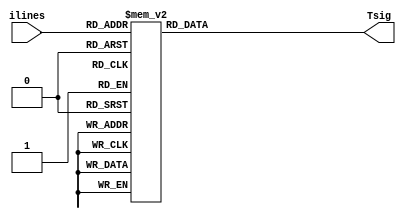
module decoder#(parameter n = 4)(
	input[n-1:0] ilines,
	output[2**n-1:0] Tsig
	);
	
	reg[2**n-1 : 0] r_sig;

	always@(*)
		case (ilines)
			4'h0: r_sig = 16'b0000000000000001;
			4'h1: r_sig = 16'b0000000000000010;
			4'h2: r_sig = 16'b0000000000000100;
			4'h3: r_sig = 16'b0000000000001000;
			4'h4: r_sig = 16'b0000000000010000;
			4'h5: r_sig = 16'b0000000000100000;
			4'h6: r_sig = 16'b0000000001000000;
			4'h7: r_sig = 16'b0000000010000000;
			4'h8: r_sig = 16'b0000000100000000;
			4'h9: r_sig = 16'b0000001000000000;
			4'ha: r_sig = 16'b0000010000000000;
			4'hb: r_sig = 16'b0000100000000000;
			4'hc: r_sig = 16'b0001000000000000;
			4'hd: r_sig = 16'b0010000000000000;
			4'he: r_sig = 16'b0100000000000000;
			4'hf: r_sig = 16'b1000000000000000;
		endcase

	assign Tsig = r_sig;

endmodule